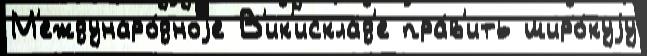
М'еждунаро́дноjе В'ик'исклад'е пра́в'ить широ́куjу